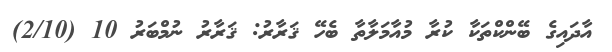
އާދައިގެ ބޭންކްތަކާ ކުރާ މުއާމަލާތާ ބެހޭ ޤަރާރު: ޤަރާރު ނުމްބަރު 10 (2/10)